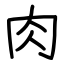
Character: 肉